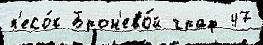
п'есо́к Брон'ево́й граф 47